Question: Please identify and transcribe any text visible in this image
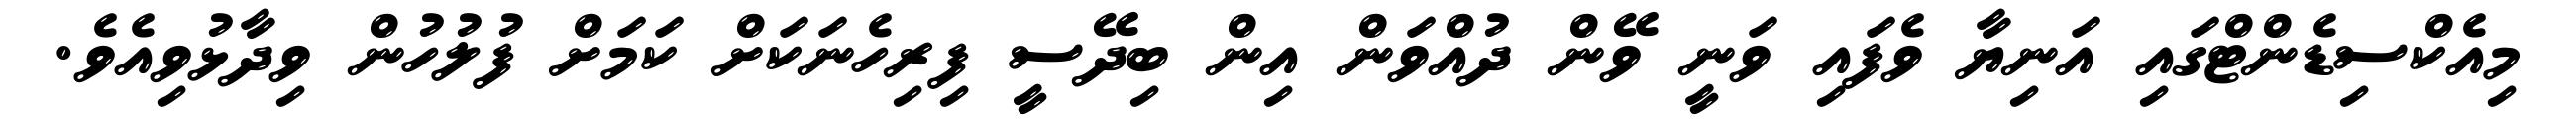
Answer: މިއެކްސިޑެންޓްގައި އަނިޔާ ވެފައި ވަނީ ވޭން ދުއްވަން އިން ބިދޭސީ ފިރިހެނަކަށް ކަމަށް ފުލުހުން ވިދާޅުވިއެވެ.